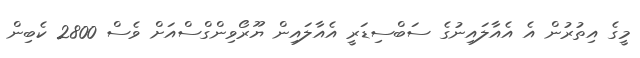
މީގެ އިތުރުން އެ އެއާލައިނުގެ ސަބްސިޑަރީ އެއާލައިން ޔޫރޯވިންގްސްއަށް ވެސް 2800 ކެބިން